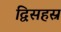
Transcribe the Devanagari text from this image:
द्विसहस्र